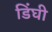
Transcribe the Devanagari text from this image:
डिंघी